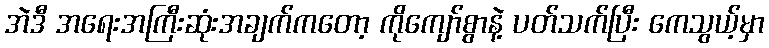
အဲဒီ အရေးအကြီးဆုံးအချက်ကတော့ ကိုကျော်စွာနဲ့ ပတ်သက်ပြီး ကေသွယ့်မှာ